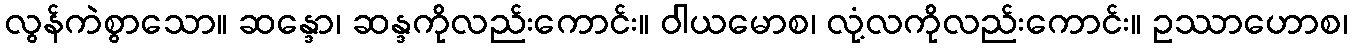
လွန်ကဲစွာသော။ ဆန္ဒော၊ ဆန္ဒကိုလည်းကောင်း။ ဝါယမောစ၊ လုံ့လကိုလည်းကောင်း။ ဥဿာဟောစ၊